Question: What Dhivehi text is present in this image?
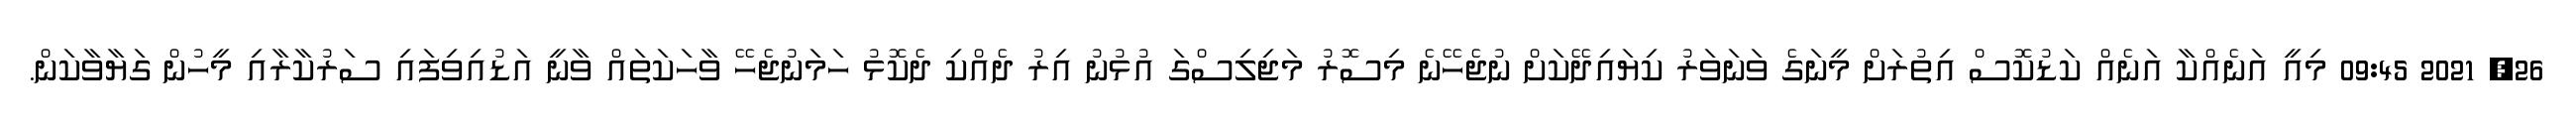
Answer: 26, 2021 09:45 މިއީ އަނެއްކާ އަނެއް ކަޑުކޮސް އިތުރަށް މީނަގެ ވަނަވަރު ކިޔައިދޭކަށް ނުޖެހޭނެ މިސޮރު މަޖިލިސްގަ އުޅުނު އިރު ދެއްކި ދެކޮޅު ހަމަނުޖެހޭ ވާހަކަތައް ވާނީ އަޑުއިވިފައި ސަރުކާރާއި މީހުން ގަޔާވާކަން.